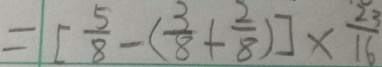
= [ \frac { 5 } { 8 } - ( \frac { 3 } { 8 } + \frac { 2 } { 8 } ) ] \times \frac { 2 3 } { 1 6 }